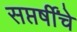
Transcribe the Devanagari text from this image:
सप्तर्षींचे